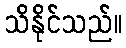
သိနိုင်သည်။